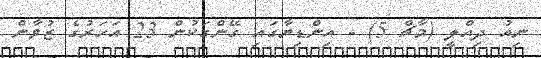
ނިއު ދިއްލީ (މާޗް 5) - އިންޑިޔާގައި ގޭންގަކުން 23 އަހަރުގެ ޒުވާން